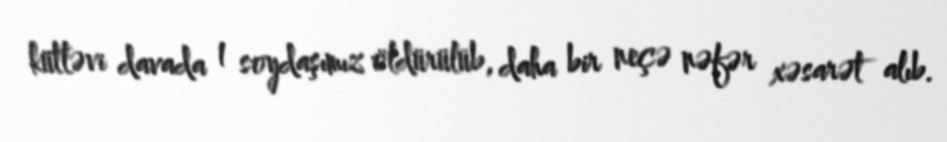
kütləvi davada 1 soydaşımız öldürülüb, daha bir neçə nəfər xəsarət alıb.